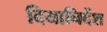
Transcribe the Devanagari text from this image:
दियानिर्देश